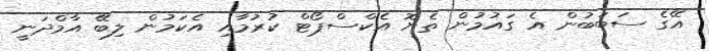
އޭގެ ސަބަބުން އެ ގައުމުން ތެޔޮ އެކްސްޕޯޓް ކުރުމާއި އެކަމުން ލިބޭ އާމްދަނީ